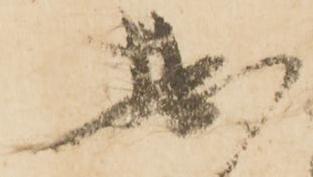
拙